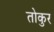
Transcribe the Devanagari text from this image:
तोकुर